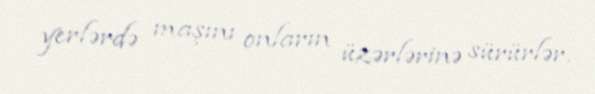
yerlərdə maşını onların üzərlərinə sürürlər.